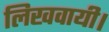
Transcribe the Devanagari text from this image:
लिखवायी।